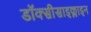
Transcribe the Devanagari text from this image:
डॉक्सीसाइक्लाइन